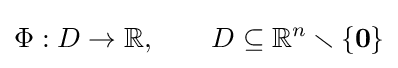
\Phi :D\to \mathbb {R} ,\qquad D\subseteq \mathbb {R} ^{n}\smallsetminus \{\mathbf {0} \}